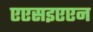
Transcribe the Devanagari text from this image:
एएसइएएन